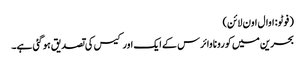
( فوٹو: اوال اون لائن)
بحرین میں کورونا وائرس کے ایک اور کیس کی تصدیق ہو گئی ہے۔